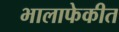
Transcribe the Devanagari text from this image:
भालाफेकीत